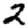
Digit: 2